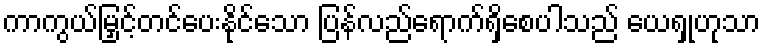
ကာကွယ်မြှင့်တင်ပေးနိုင်သော ပြန်လည်ရောက်ရှိစေပါသည် ယေရှုဟုသာ